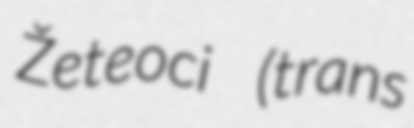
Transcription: Žeteoci (trans